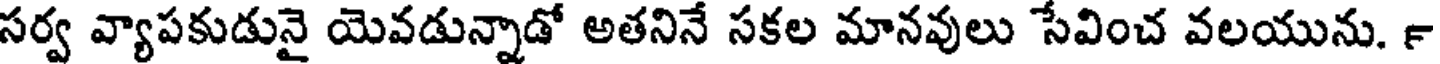
సర్వ వ్యాపకుడునై యెవడున్నాడో అతనినే సకల మానవులు సేవించ వలయును. ౯